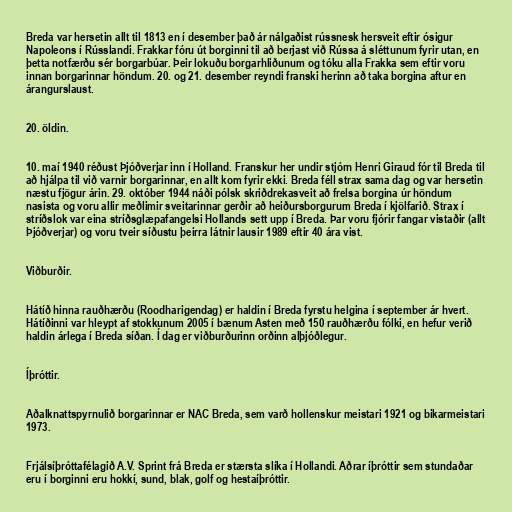
Breda var hersetin allt til 1813 en í desember það ár nálgaðist rússnesk hersveit eftir ósigur
Napoleons í Rússlandi. Frakkar fóru út borginni til að berjast við Rússa á sléttunum fyrir utan, en
þetta notfærðu sér borgarbúar. Þeir lokuðu borgarhliðunum og tóku alla Frakka sem eftir voru
innan borgarinnar höndum. 20. og 21. desember reyndi franski herinn að taka borgina aftur en
árangurslaust.

20. öldin.

10. maí 1940 réðust Þjóðverjar inn í Holland. Franskur her undir stjórn Henri Giraud fór til Breda til
að hjálpa til við varnir borgarinnar, en allt kom fyrir ekki. Breda féll strax sama dag og var hersetin
næstu fjögur árin. 29. október 1944 náði pólsk skriðdrekasveit að frelsa borgina úr höndum
nasista og voru allir meðlimir sveitarinnar gerðir að heiðursborgurum Breda í kjölfarið. Strax í
stríðslok var eina stríðsglæpafangelsi Hollands sett upp í Breda. Þar voru fjórir fangar vistaðir (allt
Þjóðverjar) og voru tveir síðustu þeirra látnir lausir 1989 eftir 40 ára vist.

Viðburðir.

Hátíð hinna rauðhærðu (Roodharigendag) er haldin í Breda fyrstu helgina í september ár hvert.
Hátíðinni var hleypt af stokkunum 2005 í bænum Asten með 150 rauðhærðu fólki, en hefur verið
haldin árlega í Breda síðan. Í dag er viðburðurinn orðinn alþjóðlegur.

Íþróttir.

Aðalknattspyrnulið borgarinnar er NAC Breda, sem varð hollenskur meistari 1921 og bikarmeistari
1973.

Frjálsíþróttafélagið A.V. Sprint frá Breda er stærsta slíka í Hollandi. Aðrar íþróttir sem stundaðar
eru í borginni eru hokkí, sund, blak, golf og hestaíþróttir.